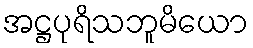
အဋ္ဌပုရိသဘူမိယော